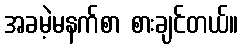
အခမဲ့မနက်စာ စားချင်တယ်။